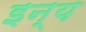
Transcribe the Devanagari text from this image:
इन्य